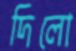
দিলো